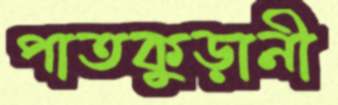
পাতকুড়ানী